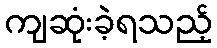
ကျဆုံးခဲ့ရသည့်